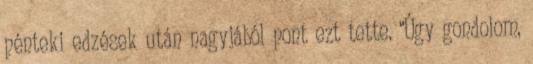
pénteki edzések után nagyjából pont ezt tette. “Úgy gondolom,